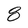
Character: 8